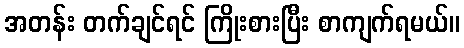
အတန်း တက်ချင်ရင် ကြိုးစားပြီး စာကျက်ရမယ်။